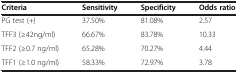
| Criteria | Sensitivity | Specificity | Odds ratio |
 | --- | --- | --- | --- |
 | PG test (+) | 37.50% | 81.08% | 2.57 |
 | TFF3 (≥42ng/ml) | 66.67% | 83.78% | 10.33 |
 | TFF2 (≥0.7 ng/ml) | 65.28% | 70.27% | 4.44 |
 | TFF1 (≥1.0 ng/ml) | 58.33% | 72.97% | 3.78 |